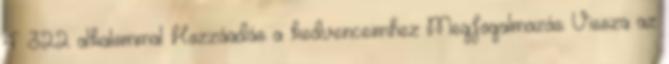
4 322 alkalommal Hozzáadás a kedvenceimhez Megfogalmazás: Vissza az